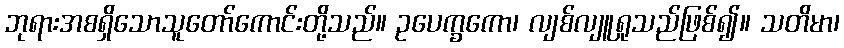
ဘုရားအစရှိသောသူတော်ကောင်းတို့သည်။ ဥပေက္ခကော၊ လျစ်လျူရှုသည်ဖြစ်၍။ သတိမာ၊